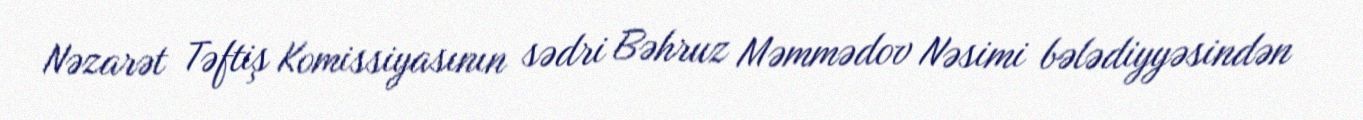
Nəzarət Təftiş Komissiyasının sədri Bəhruz Məmmədov Nəsimi bələdiyyəsindən